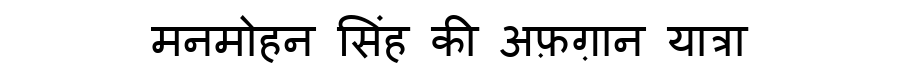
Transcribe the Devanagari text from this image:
मनमोहन सिंह की अफ़ग़ान यात्रा